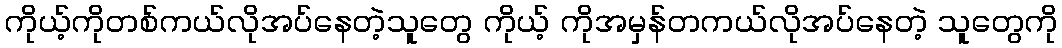
ကိုယ့်ကိုတစ်ကယ်လိုအပ်နေတဲ့သူတွေ ကိုယ့် ကိုအမှန်တကယ်လိုအပ်နေတဲ့ သူတွေကို